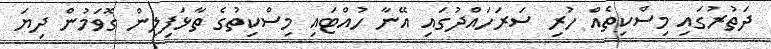
ދަތުރުގައި މިސްކިތެއް ހުރި ސަރަހައްދުގައި އޭނާ ހުއްޓައި މިސްކިތުގެ ތާޅަފިލިން ގޮވަމުން ދިޔަ